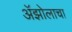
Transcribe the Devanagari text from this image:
ॲझोलाचा